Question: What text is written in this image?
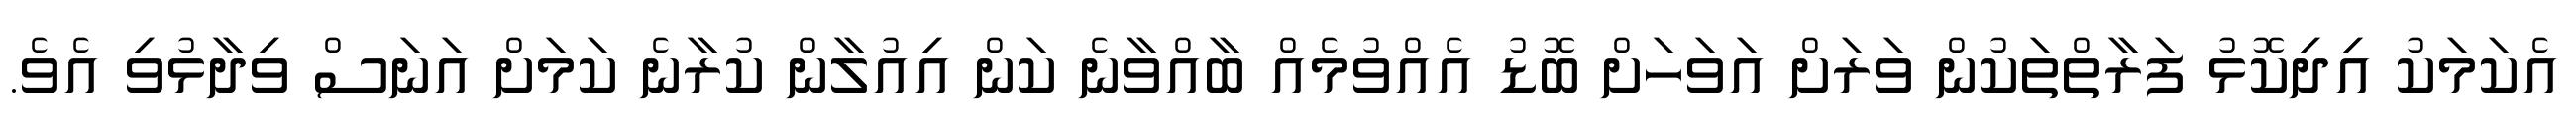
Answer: އެކަމަކު އިދިކޮޅު ފަރާތްތަކުން ވަރަށް އަވަހަށް ބޮޑު އެއްވުމެއް ބާއްވާނެ ކަން އިއުލާން ކުރާނެ ކަމަށް އަނަސް ވިދާޅުވި އެވެ.